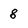
Character: 8